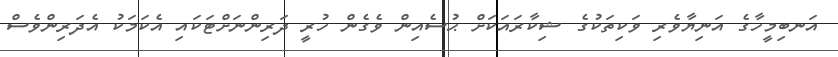
އަނބިމީހާގެ އަނިޔާވެރި ވަކިތަކުގެ ޝިކާރައަކަށް ޙުސެއިން ވެގެން ހުރީ ދަރިންނަށްޓަކައި އެކަމަކު އެދަރިންވެސް